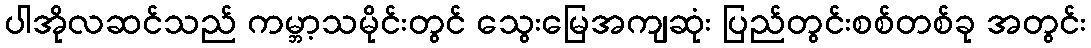
ပါအိုလဆင်သည် ကမ္ဘာ့သမိုင်းတွင် သွေးမြေအကျဆုံး ပြည်တွင်းစစ်တစ်ခု အတွင်း